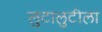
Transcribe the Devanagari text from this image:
लुटालुटीला